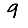
Digit: 9